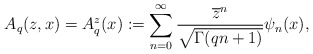
\begin{align*}A_q(z,x)=A_q^z (x):=\displaystyle \sum_{n=0}^\infty \frac{\overline{z}^n}{\sqrt{\Gamma(qn+1)}}\psi_n(x),\end{align*}